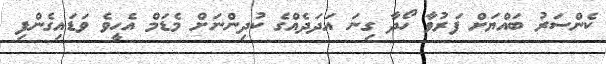
ކެންސަރު ބައްޔަށް ފަރުވާ ހޯދާ ގިނަ އަދަދެއްގެ ކުދިންނަށް މެޑަމް އެހީވެ ވަޑައިގެންފި